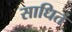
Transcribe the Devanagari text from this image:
साधितं